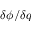
\delta \phi / \delta q